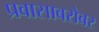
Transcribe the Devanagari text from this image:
प्रवासाबरोबर